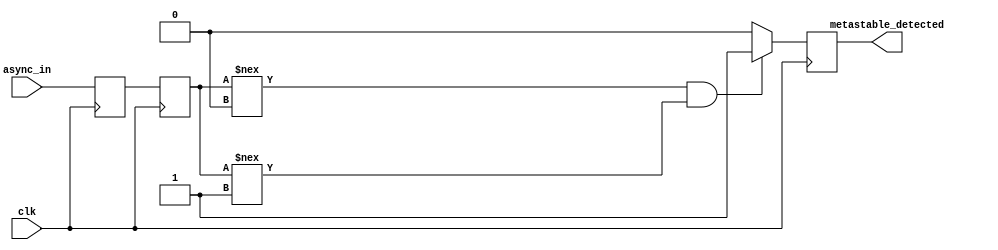
module TwoFF_Metastability_Detector (
    input wire clk,           // Clock signal
    input wire async_in,      // Asynchronous input signal
    output reg metastable_detected // Output signal indicating metastability
);

    reg ff1, ff2;            // Two D-type flip-flops

    // Sequential logic for the two flip-flops
    always @(posedge clk) begin
        ff1 <= async_in;     // Sample the asynchronous input at the rising edge of clk
        ff2 <= ff1;          // Sample the output of FF1 at the next rising edge of clk
    end

    // Logic to detect metastability
    always @(posedge clk) begin
        // Check if ff2 is stable; for simplicity, we can assume a simple threshold
        // In practical designs, you might want a timer to define "stability"
        if (ff2 !== 1'b0 && ff2 !== 1'b1) begin
            metastable_detected <= 1'b1; // Metastability detected
        end else begin
            metastable_detected <= 1'b0; // No metastability detected
        end
    end

endmodule